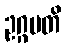
ဥဂ္ဂမတိ